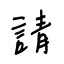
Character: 請